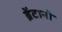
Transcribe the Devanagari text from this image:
ब्रेंटानो